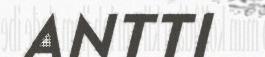
ANTTI